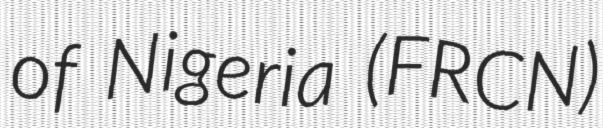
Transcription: of Nigeria (FRCN)